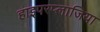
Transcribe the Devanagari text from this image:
हाइपरप्लाजिया